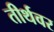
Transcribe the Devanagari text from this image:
तीर्थवर